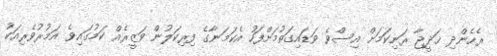
ރެހެންދި ޚަދީޖާ ރަނިކަމަށް އިސްވެ ވަޑައިގަތުމަށްފަހު އެކަމަނާގެ ފިރިކަލުން ވަޒީރެއް ކަމުގައިވެ އަމުރުވެރިއަކު